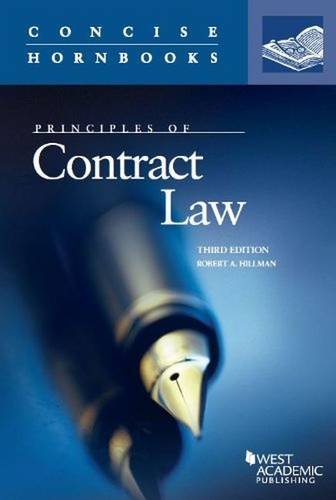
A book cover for Principles of Contract Law, 3d (Concise Hornbook Series); Robert Hillman; Law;